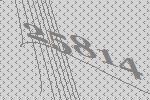
25814